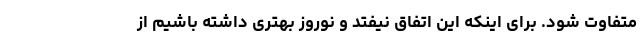
متفاوت شود. برای اینکه این اتفاق نیفتد و نوروز بهتری داشته باشیم از